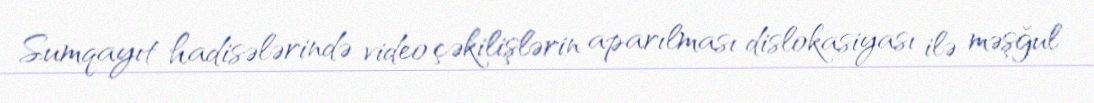
Sumqayıt hadisələrində video çəkilişlərin aparılması dislokasiyası ilə məşğul